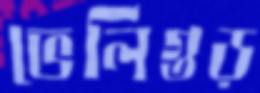
ভেলিগুড়